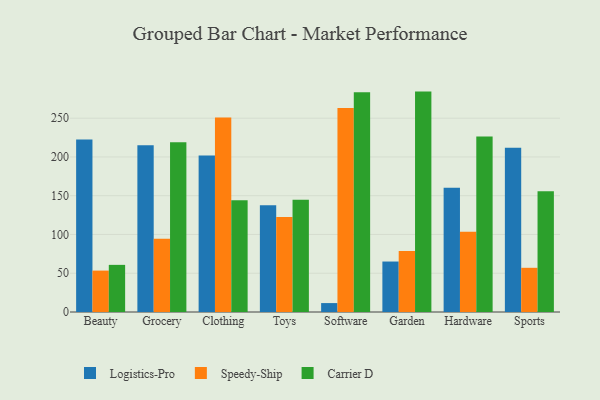
{"axis": {"x": "Category", "y": "Latency (ms)"}, "legend": ["Carrier D", "Logistics-Pro", "Speedy-Ship"], "data": [{"x": "Beauty", "y": 222.4, "type": "Logistics-Pro"}, {"x": "Beauty", "y": 53.4, "type": "Speedy-Ship"}, {"x": "Beauty", "y": 60.8, "type": "Carrier D"}, {"x": "Grocery", "y": 215.1, "type": "Logistics-Pro"}, {"x": "Grocery", "y": 94.4, "type": "Speedy-Ship"}, {"x": "Grocery", "y": 219.1, "type": "Carrier D"}, {"x": "Clothing", "y": 201.8, "type": "Logistics-Pro"}, {"x": "Clothing", "y": 251.0, "type": "Speedy-Ship"}, {"x": "Clothing", "y": 144.1, "type": "Carrier D"}, {"x": "Toys", "y": 137.8, "type": "Logistics-Pro"}, {"x": "Toys", "y": 122.4, "type": "Speedy-Ship"}, {"x": "Toys", "y": 144.7, "type": "Carrier D"}, {"x": "Software", "y": 11.5, "type": "Logistics-Pro"}, {"x": "Software", "y": 263.1, "type": "Speedy-Ship"}, {"x": "Software", "y": 283.6, "type": "Carrier D"}, {"x": "Garden", "y": 65.1, "type": "Logistics-Pro"}, {"x": "Garden", "y": 78.7, "type": "Speedy-Ship"}, {"x": "Garden", "y": 284.3, "type": "Carrier D"}, {"x": "Hardware", "y": 160.2, "type": "Logistics-Pro"}, {"x": "Hardware", "y": 103.4, "type": "Speedy-Ship"}, {"x": "Hardware", "y": 226.5, "type": "Carrier D"}, {"x": "Sports", "y": 212.0, "type": "Logistics-Pro"}, {"x": "Sports", "y": 57.0, "type": "Speedy-Ship"}, {"x": "Sports", "y": 155.8, "type": "Carrier D"}]}